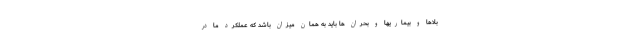
بلاها و بیماریها و بحران ها باید به همان میزان باشد که عملکرد ما در